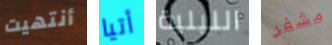
أنتهيت أتيا الليلية مشفر